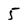
Character: 5